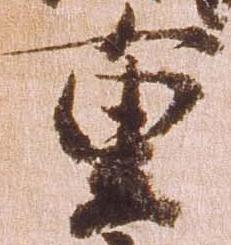
重